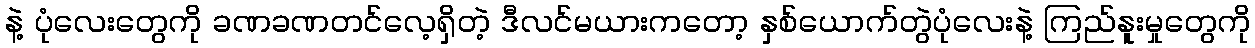
နဲ့ ပုံလေးတွေကို ခဏခဏတင်လေ့ရှိတဲ့ ဒီလင်မယားကတော့ နှစ်ယောက်တွဲပုံလေးနဲ့ ကြည်နူးမှုတွေကို